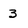
Character: 3